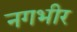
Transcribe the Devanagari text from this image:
नगभीर